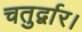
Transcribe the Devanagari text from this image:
चतुर्द्वार।